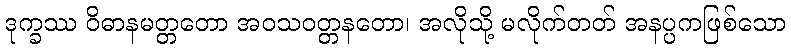
ဒုက္ခဿ ဝိဓာနမတ္တတော အဝသဝတ္တနတော၊ အလိုသို့ မလိုက်တတ် အနပ္ပကဖြစ်သော